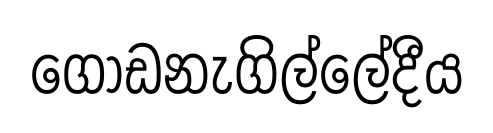
ගොඩනැගිල්ලේදීය